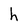
Character: h